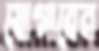
যোগাবেন